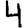
Digit: 4